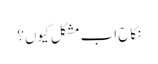
نکاح اب مشکل کیوں؟